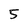
Character: 5